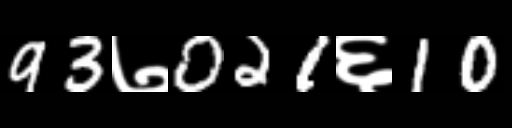
Text: 93७021६10